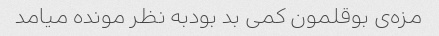
مزه‌ی بوقلمون کمی بد بودبه نظر مونده میامد